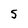
Character: S